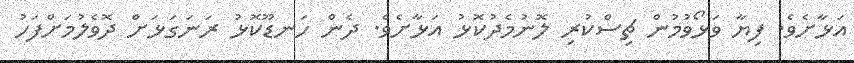
އަޅާށެވެ. ފިޔާ ވަޅޯވުމުން ޗިސްކުރި ލޮނުމެދުކޮޅު އަޅާށެވެ. ދެން ހަނޑޫކޮޅު ރަނަގަޅަށް ދޮވެލުމަށްފަހު